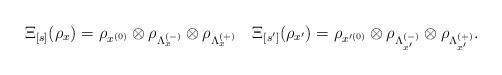
LaTeX: \begin{align*}\Xi_{[s]}(\rho_x)=\rho_{x^{(0)}}\otimes\rho_{\Lambda_x^{(-)}}\otimes\rho_{\Lambda_x^{(+)}}\quad\Xi_{[s']}(\rho_{x'})=\rho_{x'^{(0)}}\otimes\rho_{\Lambda_{x'}^{(-)}}\otimes\rho_{\Lambda_{x'}^{(+)}}.\end{align*}